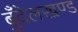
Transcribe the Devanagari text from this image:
बुँदेलखण्ड